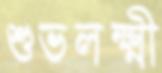
শুভলক্ষ্মী